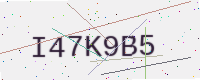
Text: I47K9B5